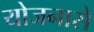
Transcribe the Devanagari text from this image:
योजनासे